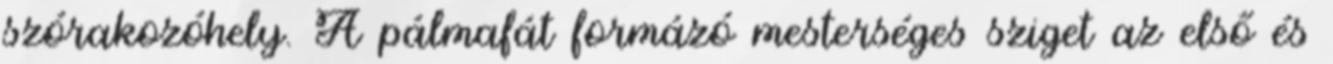
szórakozóhely. A pálmafát formázó mesterséges sziget az első és